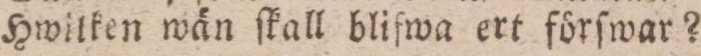
Hwilken wän ſkall blifwa ert förſwar?